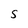
Character: S